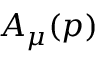
A _ { \mu } ( p )